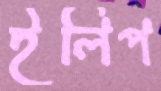
ইলিপ